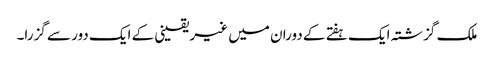
ملک گزشتہ ایک ہفتے کے دوران میں غیر یقینی کے ایک دور سے گزرا۔